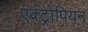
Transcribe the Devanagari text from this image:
एक्ट्रोपियन